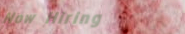
Now Hiring